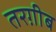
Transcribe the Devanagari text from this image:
तरग़ीब